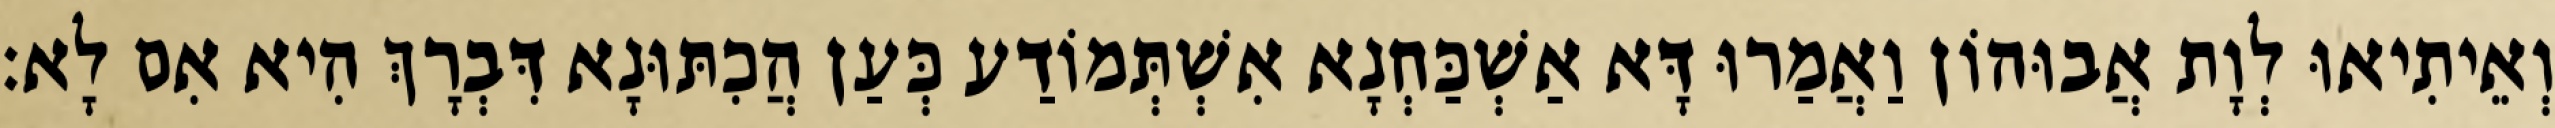
וְאֵיתִיאוּ לְוָת אֲבוּהוֹן וַאֲמַרוּ דָּא אַשְׁכַּחְנָא אִשְׁתְּמוֹדַע כְּעַן הֲכִתּוּנָא דִּבְרָךְ הִיא אִם לָא׃